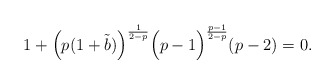
\begin{align*}1+\Big(p(1+\tilde{b})\Big)^{\frac{1}{2-p}}\Big(p-1\Big)^{\frac{p-1}{2-p}}(p-2)=0.\end{align*}